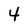
Character: 4